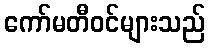
ကော်မတီဝင်များသည်